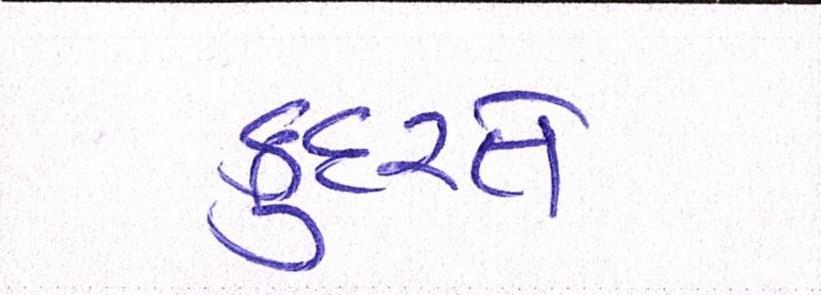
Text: કુદરતે